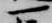
一